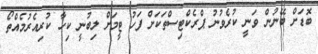
ބޮޑަށް ބޭނުން ވަނީ ކުރެވުނު ޕްރެކްޓިސްތަކަށް ފަހު ޓީމަށް ލިބުނީ ކިހާ ކުރިއެރުމެއްތޯ